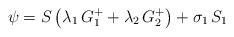
LaTeX: \begin{align*}\psi=S\left(\lambda_1\,G_1^+ + \lambda_2\,G_2^+\right)+\sigma_1\,S_1\end{align*}